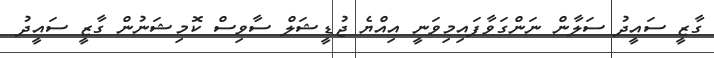
ގާޒީ ސައީދު ސަލާން ނަންގަވާފައިމިވަނީ އިއްޔެ ޖުޑީޝަލް ސާވިސް ކޮމިޝަނުން ގާޒީ ސައީދު